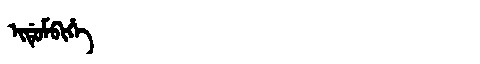
Manchu: ᡳᡩᡠᠮᠪᡳᡥᡝ
Romanization: IDUMBIHE